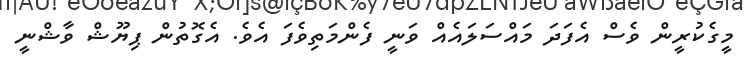
މީގެކުރީން ވެސް އެފަދަ މައްސަލައެއް ވަނީ ފެންމަތިވެފަ އެވެ. އެގޮތުން ޕިޔޫޝް ވާޝްނީ